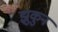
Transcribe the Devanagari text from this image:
झुकुन